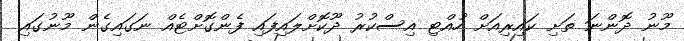
މޫނު ދޮންނަ ތަށި ކައިރިއަށް ހުއްޓި އިސްކުރު ދޫކޮށްލައިފައި ފެންގޮށްޓެއް ނަގައިގެން މޫނުގައި